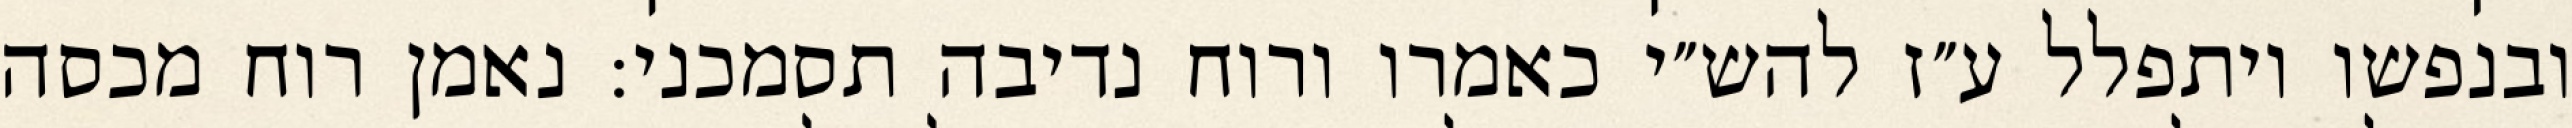
ובנפשו ויתפלל ע״ז להש״י כאמרו ורוח נדיבה תסמכני: נאמן רוח מכסה